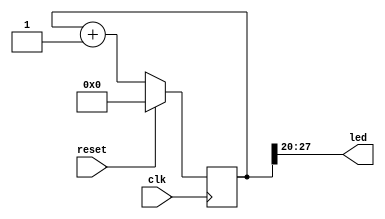
module counter (
    input wire clk,
    input wire reset,
    output wire [7:0] led
    );

    reg [31:0] counter = 32'b0;

    //assign led = ~counter[28:21];
    assign led = counter[27:20];
    //assign led = counter[30:23];

    always @ (posedge clk) 
    begin
        if (reset)
            counter <= 0;
        else
            counter <= counter + 1;
    end

endmodule